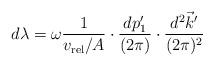
LaTeX: \begin{align*}d \lambda = \omega {1\over v_{\rm rel} / A} \cdot {d p'_1 \over(2\pi)}\cdot {d^2 \vec k' \over (2\pi)^2 }\end{align*}